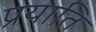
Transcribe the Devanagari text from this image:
प्रयाति